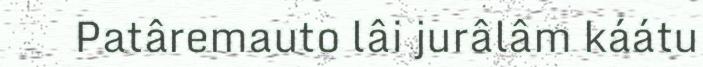
Patâremauto lâi jurâlâm káátu